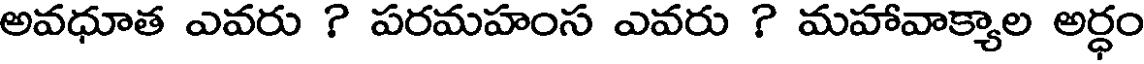
అవధూత ఎవరు ? పరమహంస ఎవరు ? మహావాక్యాల అర్ధం